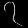
Digit: ၇